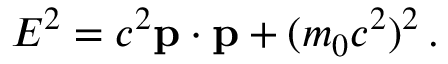
E ^ { 2 } = c ^ { 2 } \mathbf { p } \cdot \mathbf { p } + ( m _ { 0 } c ^ { 2 } ) ^ { 2 } \, .